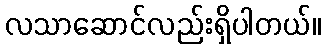
လသာဆောင်လည်းရှိပါတယ်။